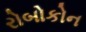
રોબોકોન